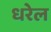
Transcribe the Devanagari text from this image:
धरेल